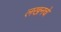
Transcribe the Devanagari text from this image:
लखनचे